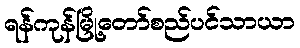
ရန်ကုန်မြို့တော်စည်ပင်သာယာ